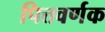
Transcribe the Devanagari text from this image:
पित्तवर्णक